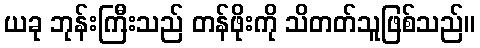
ယခု ဘုန်းကြီးသည် တန်ဖိုးကို သိတတ်သူဖြစ်သည်။